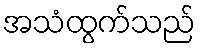
အသံထွက်သည်